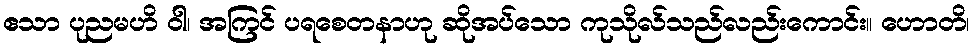
ဧသာ ပုညမဟိ ဝါ၊ အကြင် ပရစေတနာဟု ဆိုအပ်သော ကုသိုလ်သည်လည်းကောင်း။ ဟောတိ၊